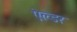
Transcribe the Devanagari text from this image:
ऐल्डर